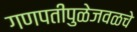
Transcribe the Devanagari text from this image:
गणपतीपुळेजवळचे